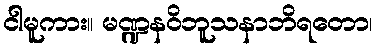
ငါမူကား။ မဏ္ဍနဝိဘူသနာဘိရတော၊